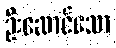
ဦးဆောင်သော